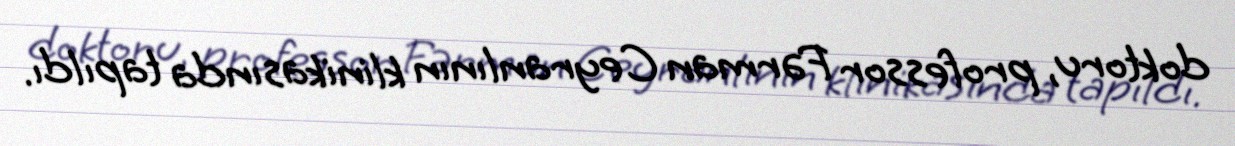
doktoru, professor Fərman Ceyranlının klinikasında tapıldı.